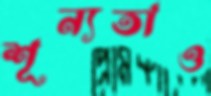
শূন্যতাও